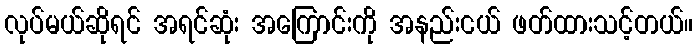
လုပ်မယ်ဆိုရင် အရင်ဆုံး အကြောင်းကို အနည်းငယ် ဖတ်ထားသင့်တယ်။